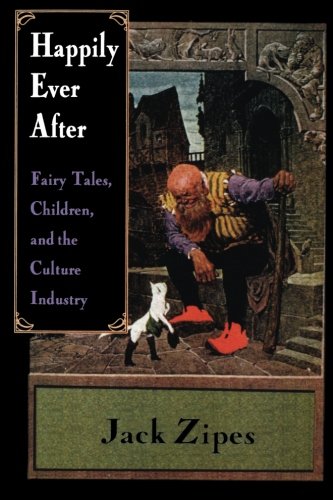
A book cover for Happily Ever After: Fairy Tales, Children, and the Culture Industry; Jack Zipes; Humor & Entertainment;